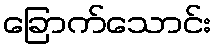
ခြောက်သောင်း